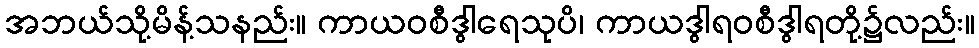
အဘယ်သို့မိန့်သနည်း။ ကာယဝစီဒွါရေသုပိ၊ ကာယဒွါရဝစီဒွါရတို့၌လည်း။